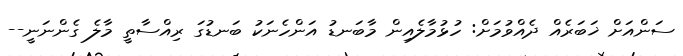
ސަންއަށް ޚަބަރެއް ދެއްވުމަށް: ހުޅުމާލެއިން މާބަނޑު އަންހެނަކު ބަނޑުގަ ރިއްސާތީ މާލެ ގެންނަނީ--